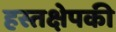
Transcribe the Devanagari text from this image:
हस्तक्षेपकी